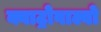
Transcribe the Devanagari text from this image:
क्वाट्रोवाल्वो